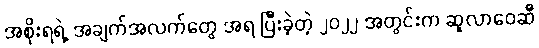
အစိုးရရဲ့ အချက်အလက်တွေ အရ ပြီးခဲ့တဲ့ ၂၀၂၂ အတွင်းက ဆူလာဝေဆီ